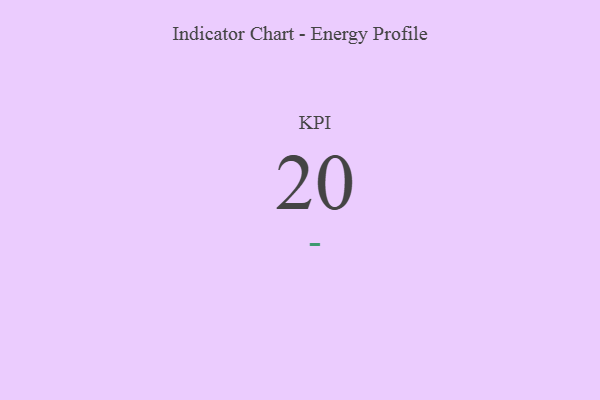
{"axis": {"x": "KPI", "y": "Value"}, "legend": [""], "data": [{"x": "KPI", "y": 20, "type": ""}]}